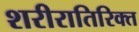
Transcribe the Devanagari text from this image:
शरीरातिरिक्त